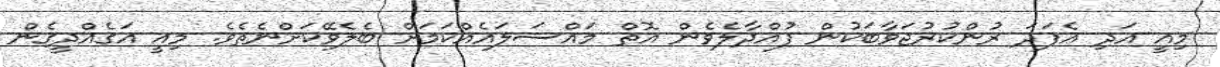
މިއީ އަދި އެފަދަ ރުންކުރުޖަވާބަކުން ފުއްދާލެވެން އޮތް މައްސަލައެއްކަމަށް ބެލެވޭކަށްނެތެވެ. މިއީ އަގެއްދީގެން